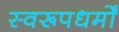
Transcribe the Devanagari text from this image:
स्वरूपधर्मों